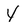
Character: Y